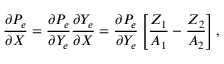
{ \frac { \partial P _ { e } } { \partial X } } = { \frac { \partial P _ { e } } { \partial Y _ { e } } } { \frac { \partial Y _ { e } } { \partial X } } = { \frac { \partial P _ { e } } { \partial Y _ { e } } } \left[ { \frac { Z _ { 1 } } { A _ { 1 } } } - { \frac { Z _ { 2 } } { A _ { 2 } } } \right] ,